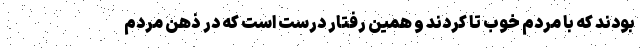
بودند كه با مردم خوب تا كردند و همين رفتار درست است كه در ذهن مردم